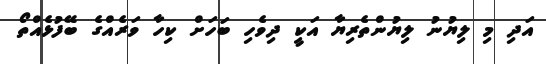
އަދި މި ލިޔުނު ލިޔުންތެރިޔާ އަކީ ދިވެހި ބަހަށް ކިހާ ވަރެއްގެ ބޭފުޅެއްތޯ